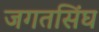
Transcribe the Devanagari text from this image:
जगतसिंघ